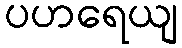
ပဟရေယျ